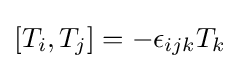
[T_{i},T_{j}]=-\epsilon _{ijk}T_{k}